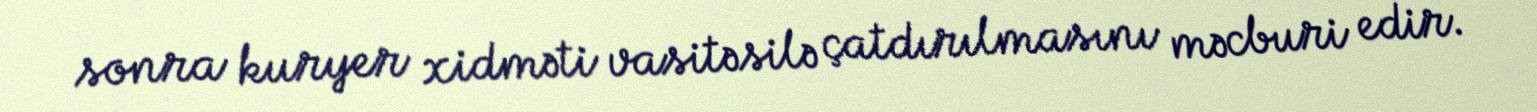
sonra kuryer xidməti vasitəsilə çatdırılmasını məcburi edir.